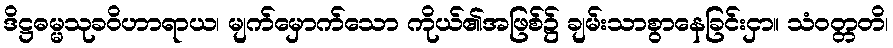
ဒိဋ္ဌဓမ္မသုခဝိဟာရာယ၊ မျက်မှောက်သော ကိုယ်၏အဖြစ်၌ ချမ်းသာစွာနေခြင်းငှာ။ သံဝတ္တတိ၊